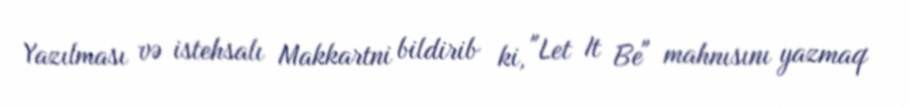
Yazılması və istehsalı Makkartni bildirib ki, "Let It Be" mahnısını yazmaq